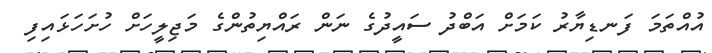
އުއްތަމަ ފަނޑިޔާރު ކަމަށް އަބްދު ސައީދުގެ ނަން ރައްޔިތުންގެ މަޖިލީހަށް ހުށަހަޅައިފި